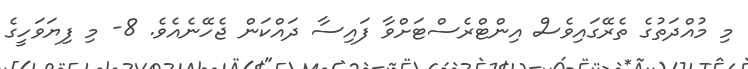
މި މުއްދަތުގެ ތެރޭގައިވެސް އިންޓްރެސްޓަށްވާ ފައިސާ ދައްކަން ޖެހޭނެއެވެ. 8- މި ފިޔަވަހީގެ